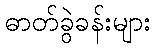
ဓာတ်ခွဲခန်းများ